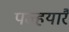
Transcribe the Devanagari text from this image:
पज्हयारै